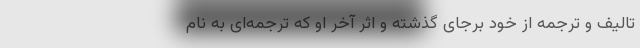
تالیف و ترجمه از خود برجای گذشته و اثر آخر او که ترجمه‌ای به نام